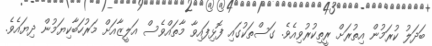
ބަދަލު ކުރަމުން އިތުރަށް ރީތިކުރުވިއެވެ. ގަސްތަކުގައި ފޮޅިފައިވާ މާތައްވެސް އަލީޒާއަށް މަރުހަބާކިޔަމުން ދިޔައެވެ.